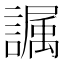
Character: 𫍏